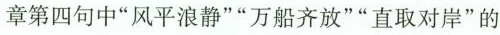
章第四句中”风平浪静””万船齐放””直取对岸”的